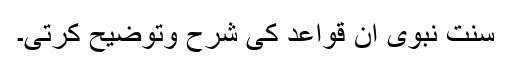
سنت ِنبوی ان قواعد کی شرح وتوضیح کرتی۔